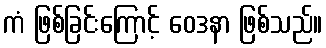
ကံ ဖြစ်ခြင်းကြောင့် ဝေဒနာ ဖြစ်သည်။